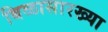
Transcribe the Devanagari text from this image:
बिळासारख्या